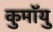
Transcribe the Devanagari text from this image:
कुमॉयु